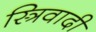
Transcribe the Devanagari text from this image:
स्त्रिवादी